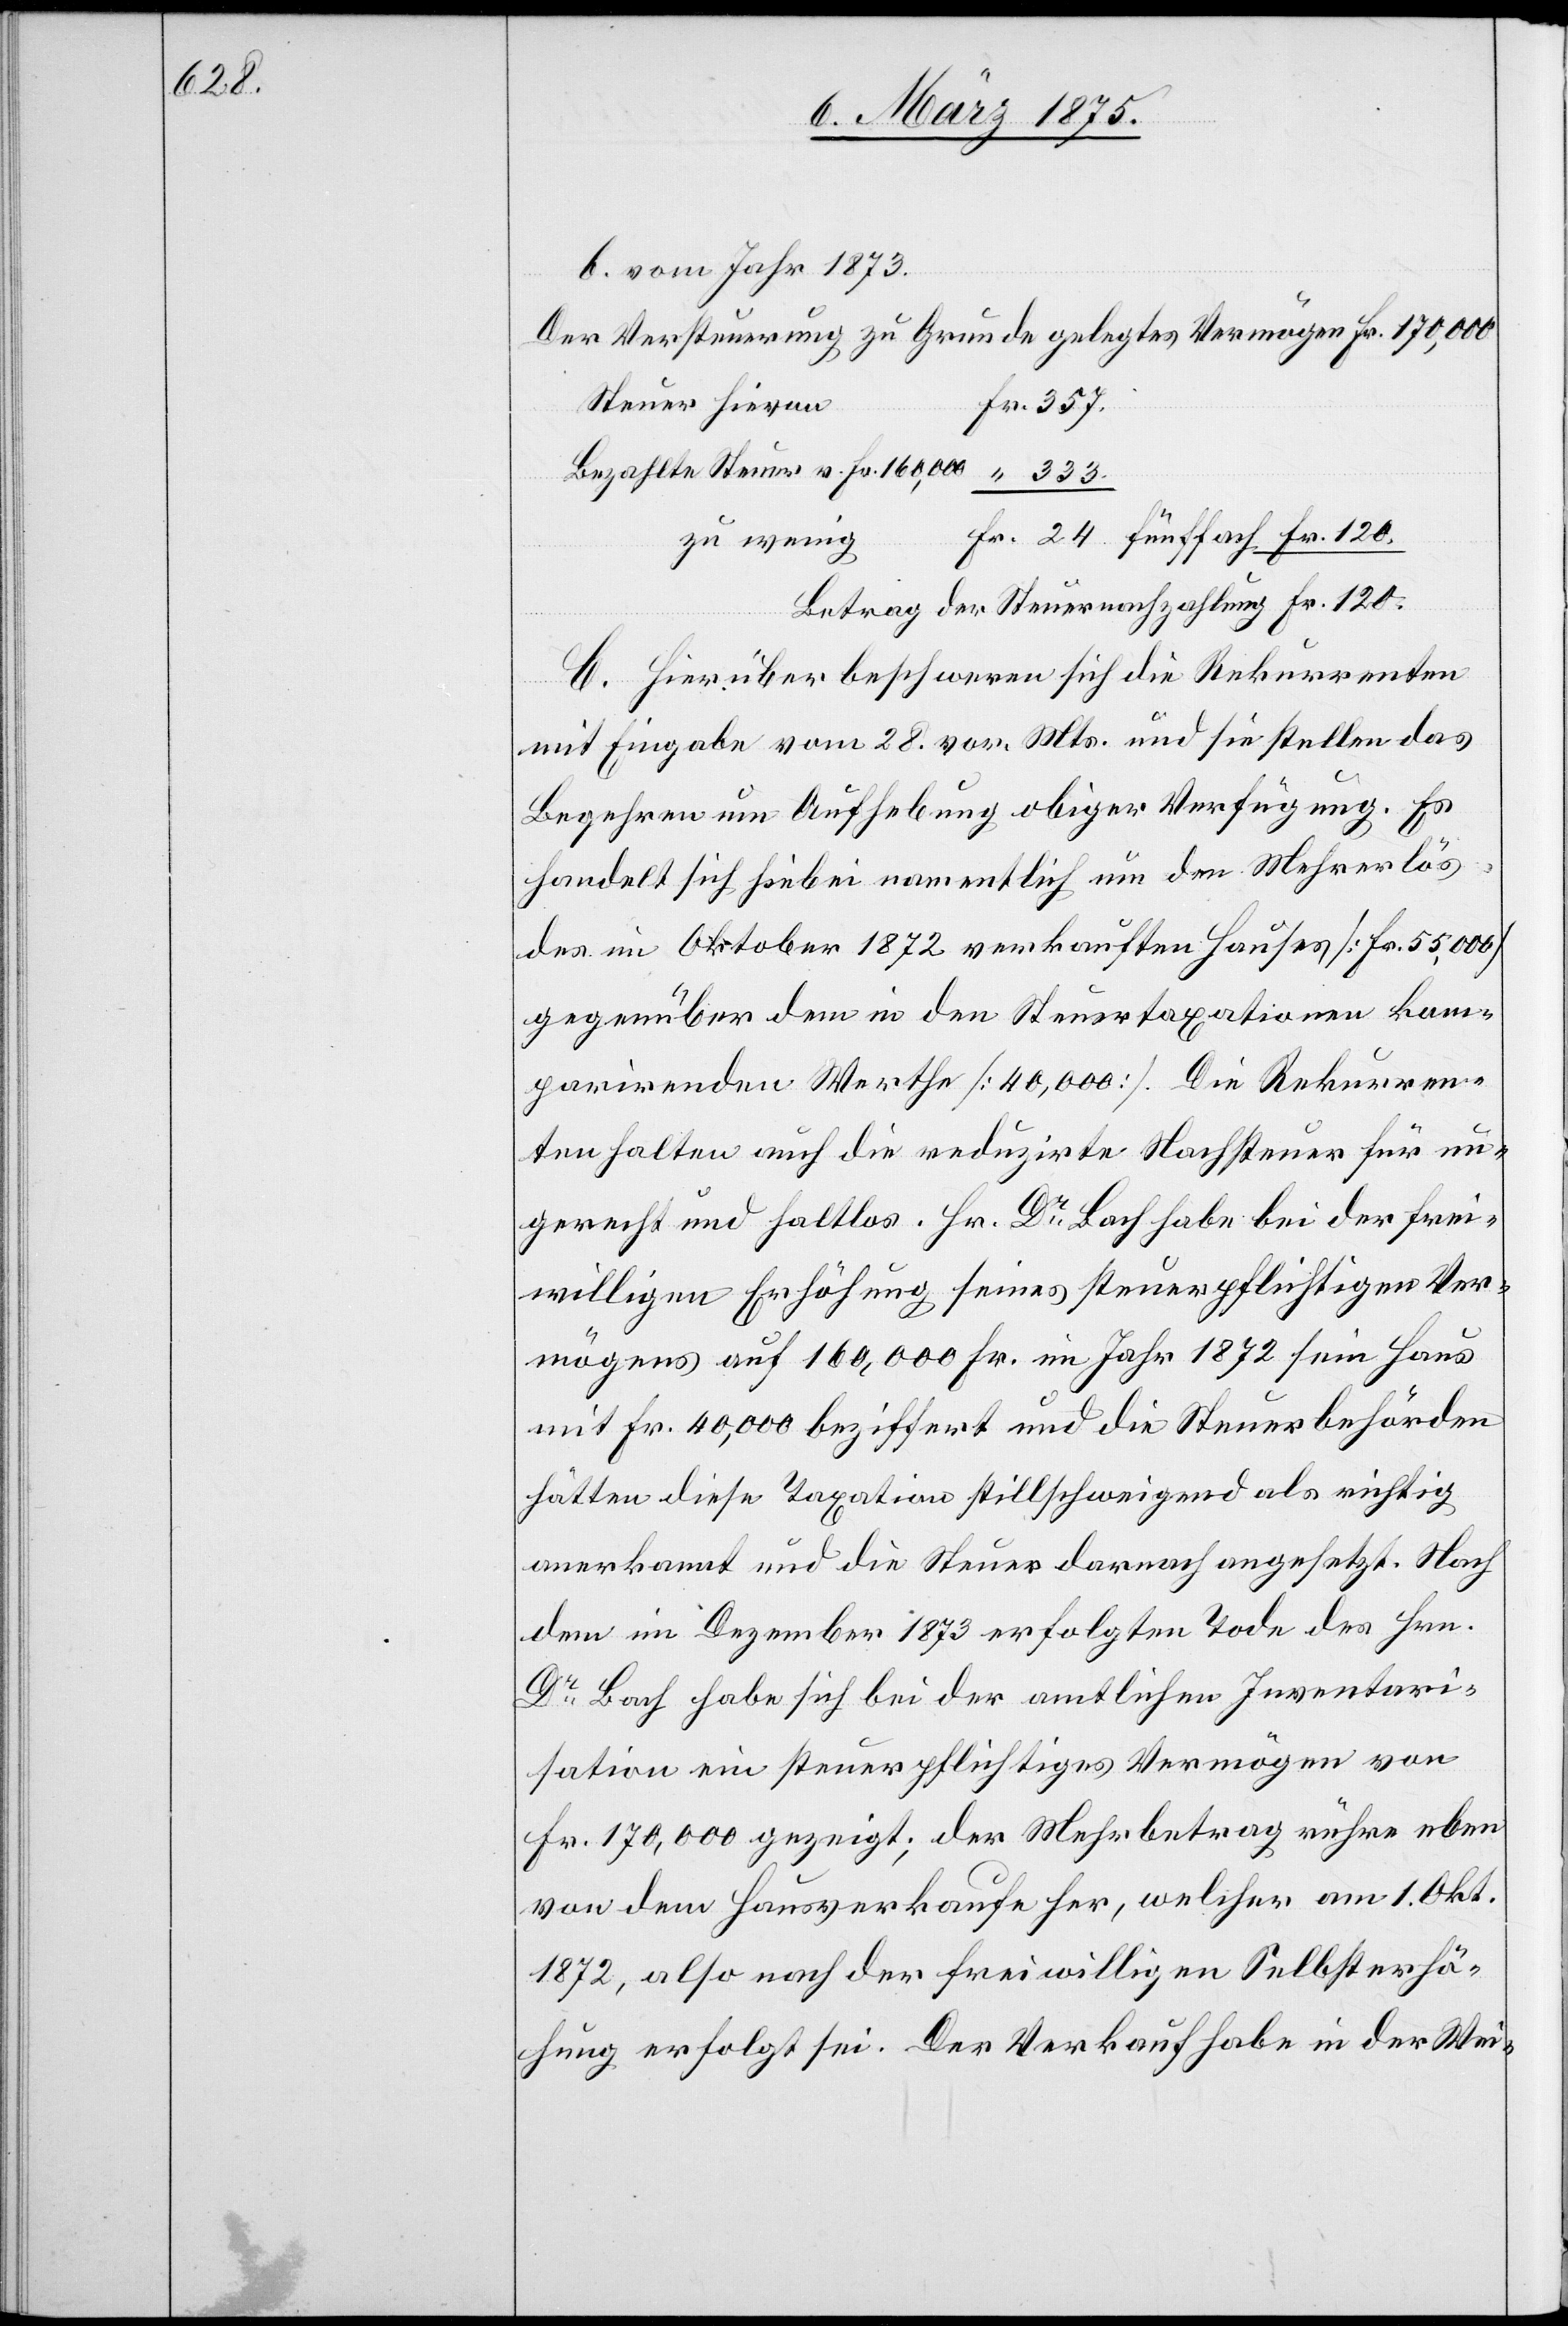
120.

b. vom Jahr 1873.
Der Versteuerung zugrunde gelegtes Vermögen Fr. 170,000
Steuer hievon
ahlung
Fr. 120.
C. [si¬
zu wenig
c!] Hierüber beschweren sich die Rekurrenten
mit Eingabe vom 28. vor. Mts. und sie stellen das
Begehren um Aufhebung obiger Verfügung. Es
357.
handelt sich hiebei namentlich um den Mehrerlös
des im Oktober 1872 verkauften Hauses [Fr. 55,000]
gegenüber dem in den Steuertaxationen kom¬
parirenden Werthe [40,000]. Die Rekurren¬
ten halten auch die reduzirte Nachsteuer für un¬
gerecht und haltlos. Hr. Dr Bach habe bei der frei¬
willigen Erhöhung seines steuerpflichtigen Ver¬
mögens auf 160,000 Fr. im Jahr 1872 sein Haus
mit Fr. 40,000 beziffert und die Steuerbehörden
hätten diese Taxation stillschweigend als richtig
anerkannt und die Steuer danach angesetzt. Nach
dem im Dezember 1873 erfolgten Tode des Hrn.
Dr Bach habe sich bei der amtlichen Inventari¬
sation ein steuerpflichtiges Vermögen von
Fr. 170,000 gezeigt; der Mehrbetrag rühre eben
von dem Hausverkaufe her, welcher am 1. Okt.
1872, also nach der freiwilligen Selbsterhö¬
hung erfolgt sei. Der Verkauf habe in der Wei-